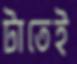
টাতেই